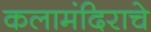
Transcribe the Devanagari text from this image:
कलामंदिराचे